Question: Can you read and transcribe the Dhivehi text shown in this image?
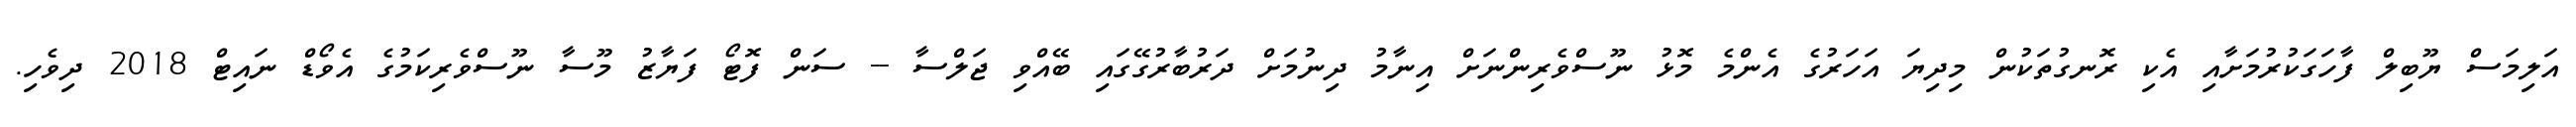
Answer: އަލިމަސް ޔޫބިލް ފާހަގަކުރުމަށާއި އެކި ރޮނގުތަކުން މިދިޔަ އަހަރުގެ އެންމެ މޮޅު ނޫސްވެރިންނަށް އިނާމު ދިނުމަށް ދަރުބާރުގޭގައި ބޭއްވި ޖަލްސާ -- ސަން ފޮޓޯ ފަޔާޒު މޫސާ ނޫސްވެރިކަމުގެ އެވޯޑް ނައިޓް 2018 ދިވެހި.